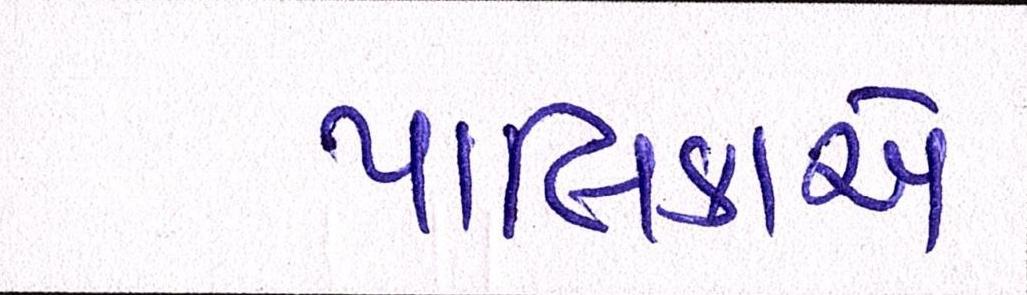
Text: પાલિકાએ